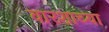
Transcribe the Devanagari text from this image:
वारशाच्‍या